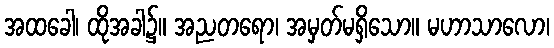
အထခေါ၊ ထိုအခါ၌။ အညတရော၊ အမှတ်မရှိသော။ မဟာသာလော၊